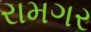
રામગર